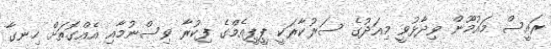
ރައީސް މައުމޫން ވިދާޅުވީ މިއަދުގެ ސަރުކާރަކީ ޕީޕީއެމްގެ ފިކުރާ ވިސްނުމާއި އެއްގޮތަށް ހިނގާ